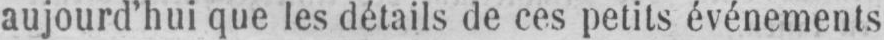
aujourd’hui que les détails de ces petits événements